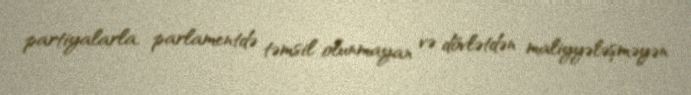
partiyalarla, parlamentdə təmsil olunmayan və dövlətdən maliyyələşməyən